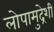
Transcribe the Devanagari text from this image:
लोपामुद्रेशी